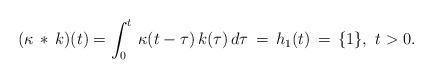
\begin{align*}(\kappa \, *\, k )(t) = \int_0^t \, \kappa(t-\tau)\, k(\tau)\, d\tau\, = \, h_1(t)\,= \, \{1\},\ t>0. \end{align*}